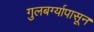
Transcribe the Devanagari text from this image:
गुलबर्ग्यापासून